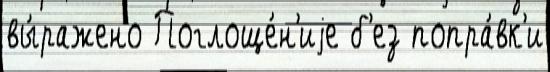
вы́ражено Поглоще́н'иjе б'ез попра́вк'и